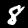
Label: 8